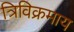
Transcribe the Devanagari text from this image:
त्रिविक्रमाय